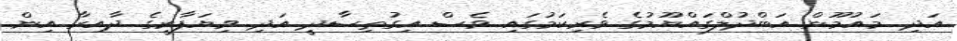
އަދި މައުމޫން އަބްދުލްގައްޔޫމުގެ ވެރިކަމުގައި ވެސް އިގުތިސާދީ އަދި ވިޔަފާރީގެ ދާއިރާ އިން